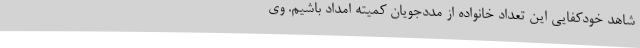
شاهد خودکفایی این تعداد خانواده از مددجویان کمیته امداد باشیم. وی